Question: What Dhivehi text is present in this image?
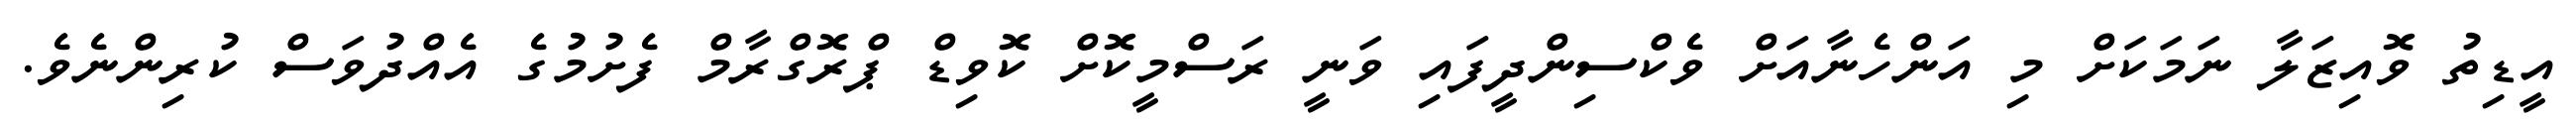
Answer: އީޑިތު ވޮއިޒަލާ ނަމަކަށް މި އަންހެނާއަށް ވެކްސިންދީފައި ވަނީ ރަސްމީކޮށް ކޮވިޑް ޕްރޮގްރާމް ފެށުމުގެ އެއްދުވަސް ކުރިންނެވެ.